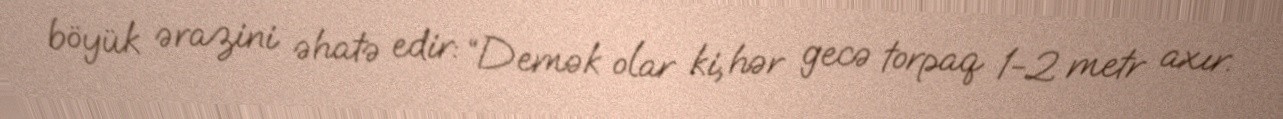
böyük ərazini əhatə edir: “Demək olar ki, hər gecə torpaq 1-2 metr axır.